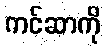
ကင်ဆာကို